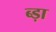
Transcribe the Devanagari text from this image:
ब्ड़ा